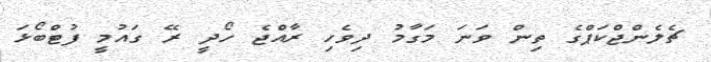
ޗެލެންޖްކަޕްގެ ތިން ވަނަ މަގާމު ދިވެހި ރާއްޖެ ހޯދީ ރޭ ގައުމީ ފުޓްބޯޅަ